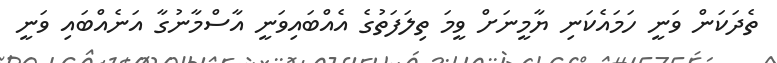
ތެދަކަން ވަނީ ހަމައެކަނި ޔާމީނަށް ވީމަ ތިލަފަތުގެ އެއްބައިވަނީ އާސްމާނުގާ އަނެއްބައި ވަނީ